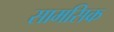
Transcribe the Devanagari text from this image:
सामसिक